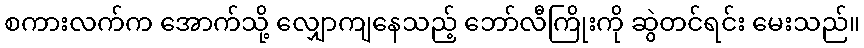
စကားလက်က အောက်သို့ လျှောကျနေသည့် ဘော်လီကြိုးကို ဆွဲတင်ရင်း မေးသည်။